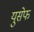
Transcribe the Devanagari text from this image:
युसेफ